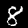
Digit: 8